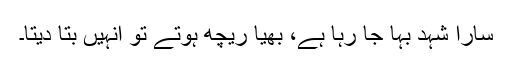
سارا شہد بہا جا رہا ہے، بھیّا ریچھ ہوتے تو انہیں بتا دیتا۔